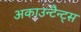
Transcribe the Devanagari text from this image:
अकाउन्टैन्ट्स